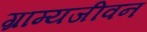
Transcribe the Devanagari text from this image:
ग्राम्यजीवन